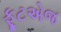
ફૂટએજ